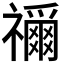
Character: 𮂢